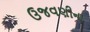
ઉજવણીના